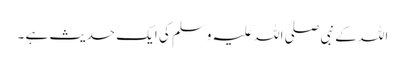
اللہ کے نبی صلی اللہ علیہ وسلم کی ایک حدیث ہے ۔